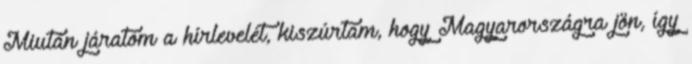
Miután járatom a hírlevelét, kiszúrtam, hogy Magyarországra jön, így